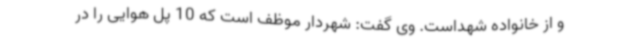
و از خانواده شهداست. وی گفت: شهردار موظف است که 10 پل هوایی را در